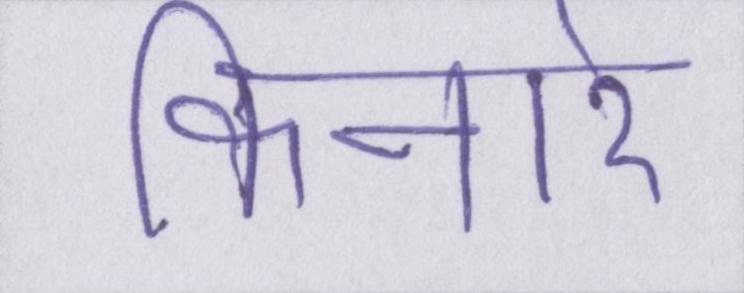
किनारे